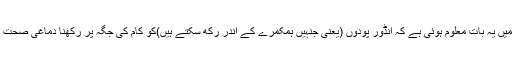
محققین کا کہنا تھا کہ اس تحقیق سے ہمیں یہ بات معلوم ہوئی ہے کہ انڈور پودوں (یعنی جنہیں ہمکمرے کے اندر رکھ سکتے ہیں)کو کام کی جگہ پر رکھنا دماغی صحت کے لیے انتہائی مددگار ثابت ہوتا ہے۔